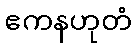
ဧကနဟုတံ